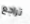
تراجع